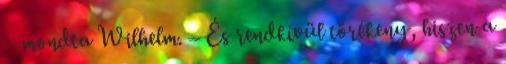
– mondta Wilhelm. – És rendkívül törékeny, hiszen a